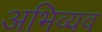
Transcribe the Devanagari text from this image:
अभिव्यव